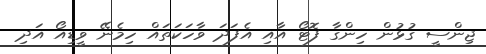
ޖިންސީ ގުޅުން ހިންގާ ފޮޓޯ އާއި އެފަދަ ވާހަކަތައް ހިމެނޭ ވީޑިއޯ އަދި